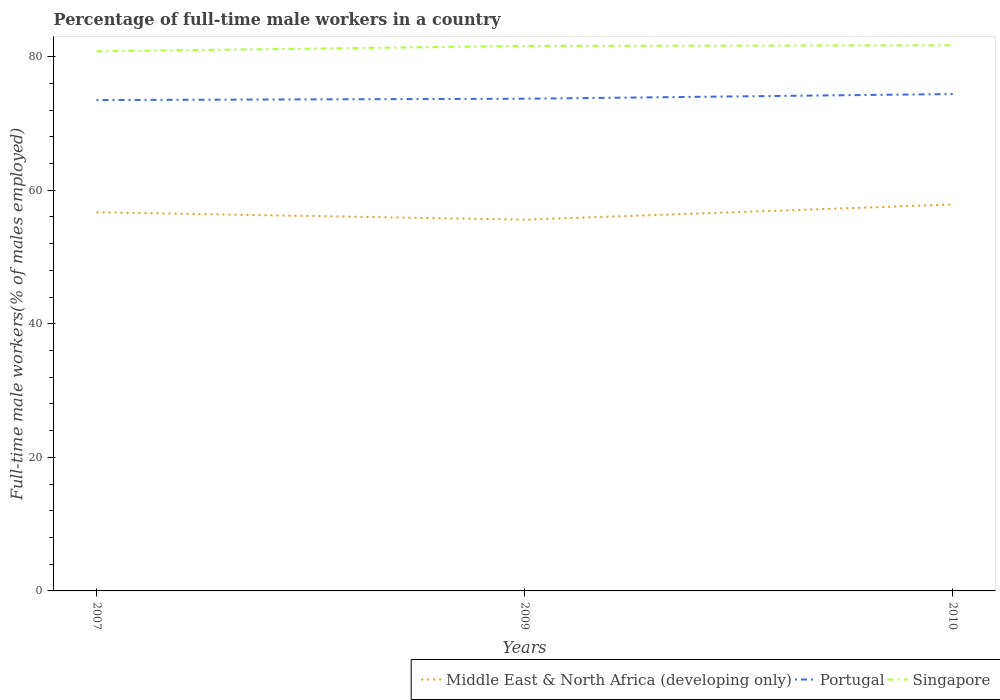
| Years | Middle East & North Africa (developing only) | Portugal | Singapore |
 | --- | --- | --- | --- |
 | 2007 | 56.7 | 73.5 | 80.8 |
 | 2009 | 55.6 | 73.7 | 81.6 |
 | 2010 | 57.9 | 74.4 | 81.7 |